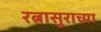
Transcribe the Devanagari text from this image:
रत्नासुराच्या